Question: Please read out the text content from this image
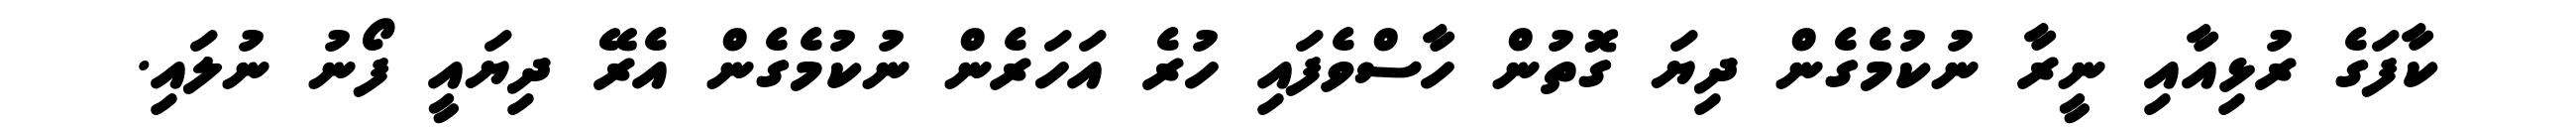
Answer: ކާފަގެ ރުޅިއާއި ނީރާ ނުކުމެގެން ދިޔަ ގޮތުން ހާސްވެފައި ހުރެ އަހަރެން ނުކުމެގެން އެރޭ ދިޔައީ ފޯނު ނުލައި.